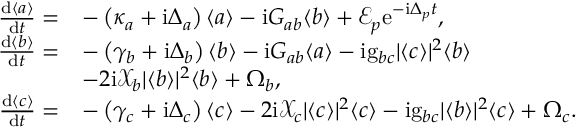
\begin{array} { r l } { \frac { \mathrm { d } \langle a \rangle } { \mathrm { d } t } = } & { - \left( \kappa _ { a } + \mathrm { i } \Delta _ { a } \right) \langle a \rangle - \mathrm { i } G _ { a b } \langle b \rangle + \mathcal { E } _ { p } \mathrm { e } ^ { - \mathrm { i } \Delta _ { p } t } , } \\ { \frac { \mathrm { d } \langle b \rangle } { \mathrm { d } t } = } & { - \left( \gamma _ { b } + \mathrm { i } \Delta _ { b } \right) \langle b \rangle - \mathrm { i } G _ { a b } \langle a \rangle - \mathrm { i } \mathrm { g } _ { b c } | \langle c \rangle | ^ { 2 } \langle b \rangle } \\ & { - 2 \mathrm { i } \mathcal { X } _ { b } | \langle b \rangle | ^ { 2 } \langle b \rangle + \Omega _ { b } , } \\ { \frac { \mathrm { d } \langle c \rangle } { \mathrm { d } t } = } & { - \left( \gamma _ { c } + \mathrm { i } \Delta _ { c } \right) \langle c \rangle - 2 \mathrm { i } \mathcal { X } _ { c } | \langle c \rangle | ^ { 2 } \langle c \rangle - \mathrm { i } \mathrm { g } _ { b c } | \langle b \rangle | ^ { 2 } \langle c \rangle + \Omega _ { c } . } \end{array}